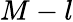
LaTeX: M-l